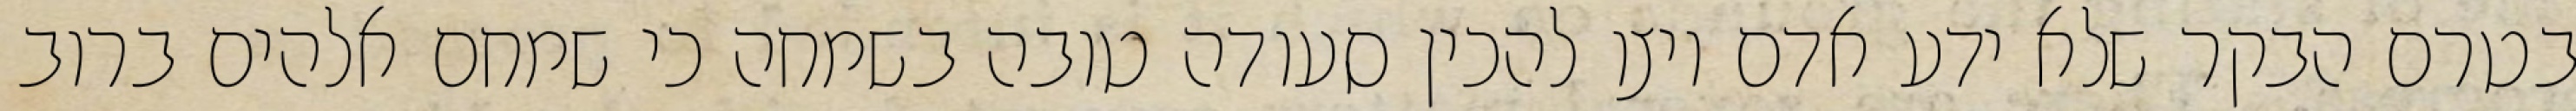
בטרם הבקר שלא ידע אדם ויצו להכין סעודה טובה בשמחה כי שמחם אלהים ברוב